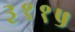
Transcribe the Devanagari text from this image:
३११५